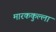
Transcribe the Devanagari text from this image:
मारककुल्ला